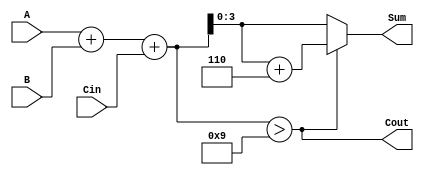
module BCD_Adder (
    input  [3:0] A,      // First BCD digit
    input  [3:0] B,      // Second BCD digit
    input        Cin,     // Carry input
    output [3:0] Sum,     // BCD sum output
    output       Cout      // Carry output
);

    wire [4:0] TempSum;   // 5-bit wire to hold the initial sum
    wire correction_needed; // Flag to check if correction is needed

    // Step 1: Compute the initial sum
    assign TempSum = A + B + Cin;

    // Step 2: Check if the TempSum requires correction
    assign correction_needed = TempSum > 9; // Check if sum exceeds BCD limit

    // Step 3: Compute the final sum and determine carry output
    assign Sum = correction_needed ? (TempSum + 5'd6) : TempSum[3:0];
    assign Cout = correction_needed; // Set Cout if correction is needed

endmodule